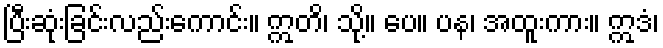
ပြီးဆုံးခြင်းလည်းကောင်း။ ဣတိ၊ သို့။ ပေ။ ပန၊ အထူးကား။ ဣဒံ၊